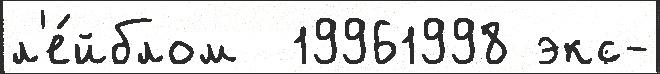
л'е́йблом  19961998 экс-